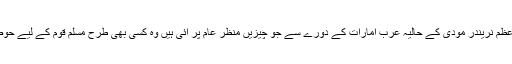
ہندوستانی وزیر اعظم نریندر مودی کے حالیہ عرب امارات کے دورے سے جو چیزیں منظر عام پر آئی ہیں وہ کسی بھی طرح مسلم قوم کے لیے حوصلہ افزا نہیں ہیں۔